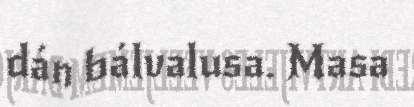
dán bálvalusa. Masa